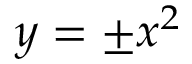
y = \pm x ^ { 2 }